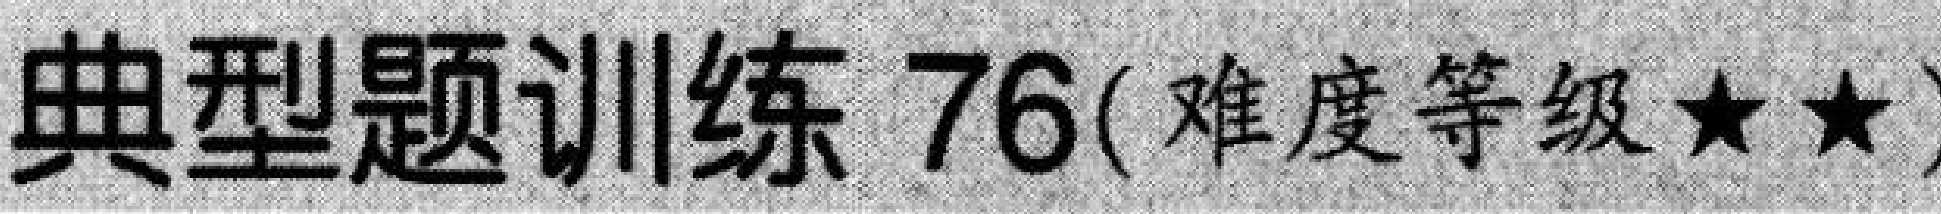
典型题训练 76(难度等级★★)